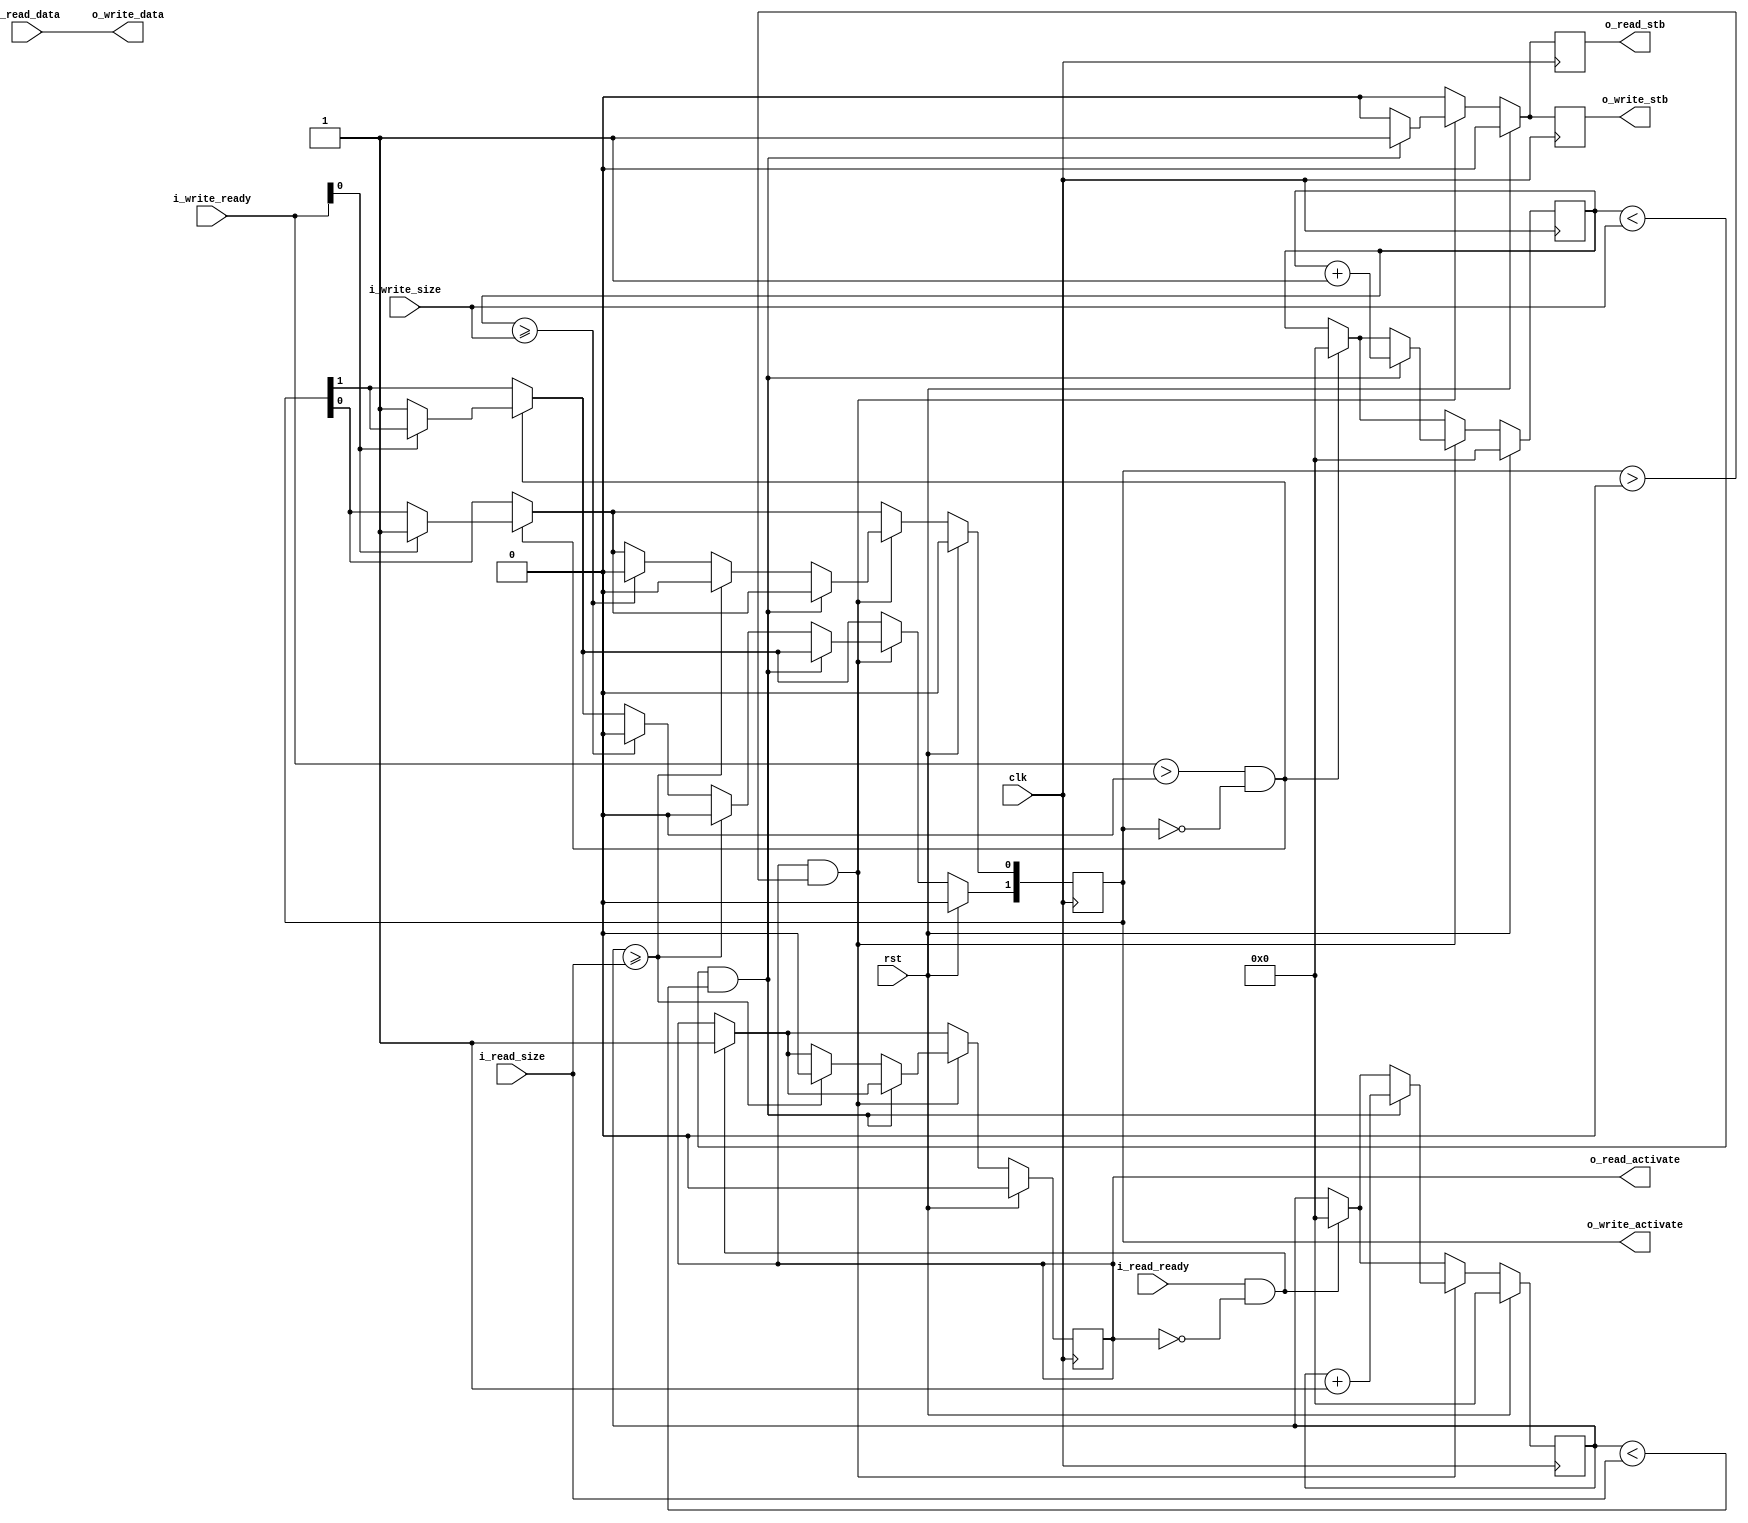
/*
Distributed under the MIT license.
Copyright (c) 2015 Dave McCoy (dave.mccoy@cospandesign.com)

Permission is hereby granted, free of charge, to any person obtaining a copy of
this software and associated documentation files (the "Software"), to deal in
the Software without restriction, including without limitation the rights to
use, copy, modify, merge, publish, distribute, sublicense, and/or sell copies
of the Software, and to permit persons to whom the Software is furnished to do
so, subject to the following conditions:

The above copyright notice and this permission notice shall be included in all
copies or substantial portions of the Software.

THE SOFTWARE IS PROVIDED "AS IS", WITHOUT WARRANTY OF ANY KIND, EXPRESS OR
IMPLIED, INCLUDING BUT NOT LIMITED TO THE WARRANTIES OF MERCHANTABILITY,
FITNESS FOR A PARTICULAR PURPOSE AND NONINFRINGEMENT. IN NO EVENT SHALL THE
AUTHORS OR COPYRIGHT HOLDERS BE LIABLE FOR ANY CLAIM, DAMAGES OR OTHER
LIABILITY, WHETHER IN AN ACTION OF CONTRACT, TORT OR OTHERWISE, ARISING FROM,
OUT OF OR IN CONNECTION WITH THE SOFTWARE OR THE USE OR OTHER DEALINGS IN THE
SOFTWARE.
*/

/*
 * Author:
 * Description: For those situations where you need to attach one PPFIFO with another
 *
 * Changes:
 */


module adapter_ppfifo_2_ppfifo#(
  parameter DATA_WIDTH              = 32
)(
  input                               clk,
  input                               rst,

  input                               i_read_ready,
  output  reg                         o_read_activate,
  input           [23:0]              i_read_size,
  input           [DATA_WIDTH - 1:0]  i_read_data,
  output  reg                         o_read_stb,

  input           [1:0]               i_write_ready,
  output  reg     [1:0]               o_write_activate,
  input           [23:0]              i_write_size,
  output  reg                         o_write_stb,
  output          [DATA_WIDTH - 1:0]  o_write_data

);
//registes/wires
reg [23:0]                            read_count;
reg [23:0]                            write_count;

assign  o_write_data    = i_read_data;

always @ (posedge clk) begin
  o_read_stb                      <=  0;
  o_write_stb                     <=  0;
  if (rst) begin
    o_write_activate              <=  0;
    o_read_activate               <=  0;
    write_count                   <=  0;
    read_count                    <=  0;
  end
  else begin
    if (i_read_ready && !o_read_activate) begin
      read_count                  <=  0;
      o_read_activate             <=  1;
    end
    if ((i_write_ready > 0) && (o_write_activate == 0)) begin
      write_count                   <=  0;
      if (i_write_ready[0]) begin
        o_write_activate[0]         <=  1;
      end
      else begin
        o_write_activate[1]         <=  1;
      end
    end

    //Both FIFOs are available
    if (o_read_activate && (o_write_activate > 0)) begin
      if ((write_count < i_write_size) && (read_count < i_read_size))begin
        o_write_stb                 <=  1;
        o_read_stb                  <=  1;
        write_count                 <=  write_count + 1;
        read_count                  <=  read_count + 1;
      end
      else begin
        if (write_count >= i_write_size) begin
          o_write_activate          <=  0;
        end
        if (read_count >= i_read_size) begin
          //Both FIFOs should be released, this way the output is never blocked on the input
          o_read_activate           <=  0;
          o_write_activate          <=  0;
        end
      end
    end
  end
end

endmodule